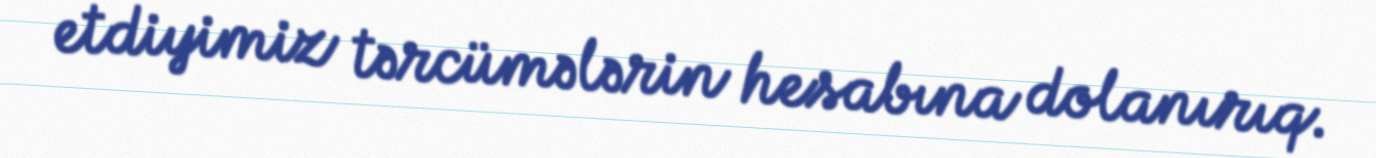
etdiyimiz tərcümələrin hesabına dolanırıq.